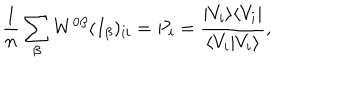
\frac { 1 } { n } \sum _ { \beta } W ^ { 0 \beta } ( I _ { \beta } ) _ { i i } = P _ { i } = \frac { | V _ { i } \rangle \langle V _ { i } | } { \langle V _ { i } | V _ { i } \rangle } ,